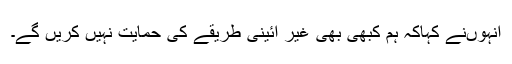
انہوںنے کہاکہ ہم کبھی بھی غیر آئینی طریقے کی حمایت نہیں کریں گے۔